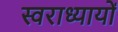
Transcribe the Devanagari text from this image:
स्वराध्यायों